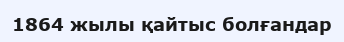
1864 жылы қайтыс болғандар